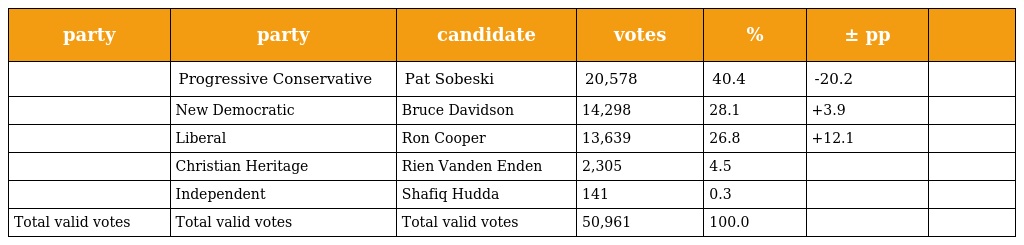
| party | party | candidate | votes | % | ± pp |  |
 | --- | --- | --- | --- | --- | --- | --- |
 |  | Progressive Conservative | Pat Sobeski | 20,578 | 40.4 | -20.2 |  |
 |  | New Democratic | Bruce Davidson | 14,298 | 28.1 | +3.9 |  |
 |  | Liberal | Ron Cooper | 13,639 | 26.8 | +12.1 |  |
 |  | Christian Heritage | Rien Vanden Enden | 2,305 | 4.5 |  |  |
 |  | Independent | Shafiq Hudda | 141 | 0.3 |  |  |
 | Total valid votes | Total valid votes | Total valid votes | 50,961 | 100.0 |  |  |